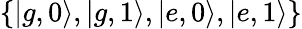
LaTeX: \{ |g,0\rangle,|g,1\rangle,|e,0\rangle,|e,1\rangle\}